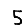
Digit: 5